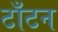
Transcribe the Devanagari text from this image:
टाँटन